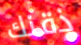
ذقنك